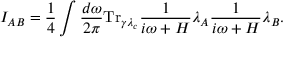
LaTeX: I _ { A B } = \frac { 1 } { 4 } \int \frac { d \omega } { 2 \pi } \mathrm { T r } _ { \gamma \lambda _ { c } } { \frac { 1 } { i \omega + H } \lambda _ { A } \frac { 1 } { i \omega + H } \lambda _ { B } } .